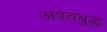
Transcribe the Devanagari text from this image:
अश्वबुद्ध